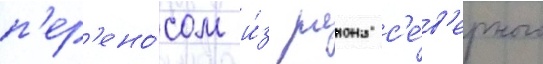
п'ер'ено́сом и́з раиона с'е́в'ерного